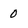
Character: 0